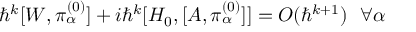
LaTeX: \hbar ^ { k } [ W , \pi _ { \alpha } ^ { ( 0 ) } ] + i \hbar ^ { k } [ H _ { 0 } , [ A , \pi _ { \alpha } ^ { ( 0 ) } ] ] = O ( \hbar ^ { k + 1 } ) ~ ~ \forall \alpha